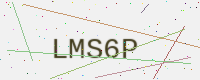
Text: LMS6P